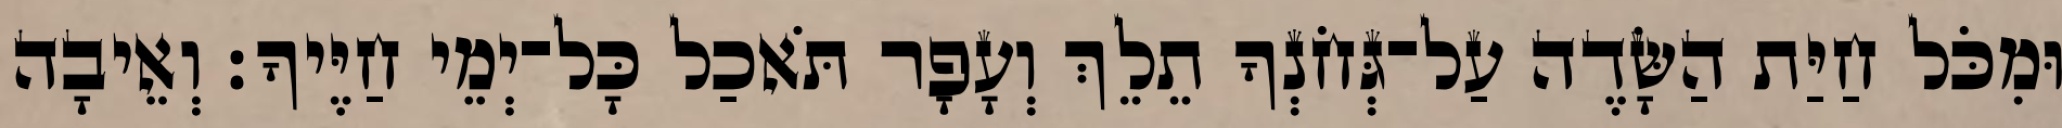
וּמִכֹּל חַיַּת הַשָּׂדֶה עַל־גְּחֹנְךָ תֵלֵךְ וְעָפָר תֹּאכַל כָּל־יְמֵי חַיֶּיךָ׃ וְאֵיבָה